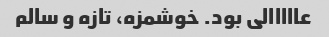
عااااالی بود. خوشمزه، تازه و سالم